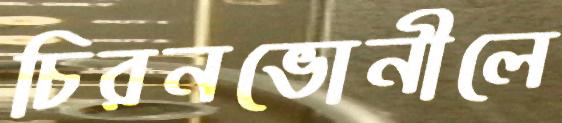
চিরনভোনীলে